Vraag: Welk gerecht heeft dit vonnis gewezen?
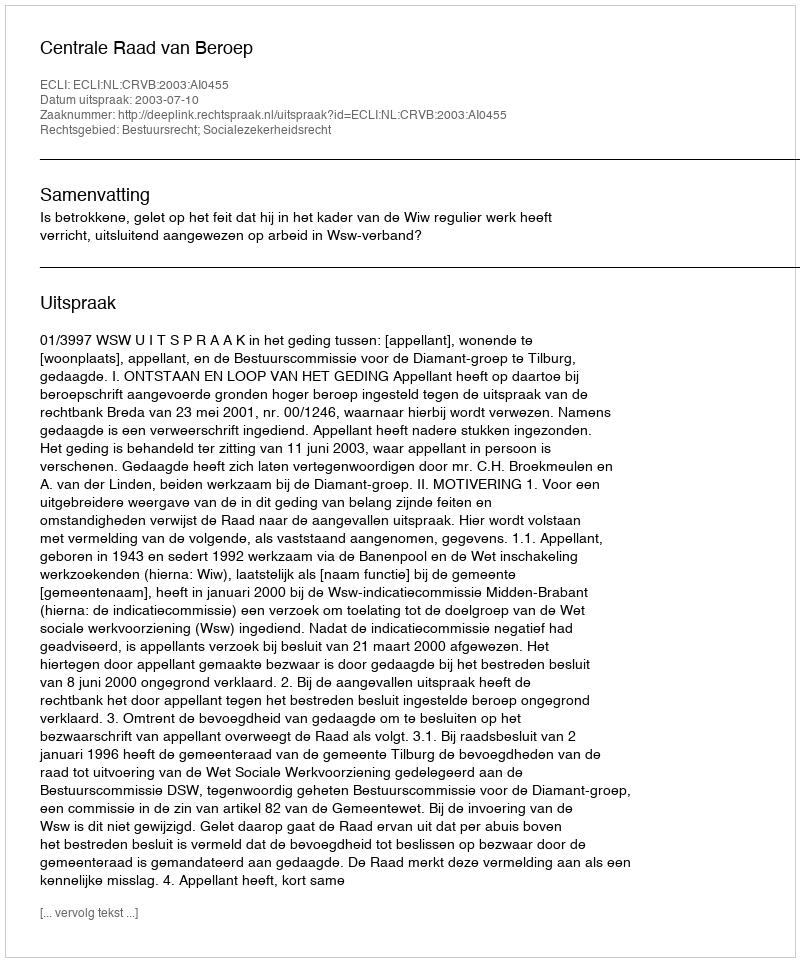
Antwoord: Centrale Raad van Beroep